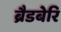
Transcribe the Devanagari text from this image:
ब्रैडबेरि